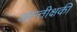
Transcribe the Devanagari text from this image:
आन्तीक्षकी